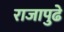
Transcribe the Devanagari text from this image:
राजापुढे